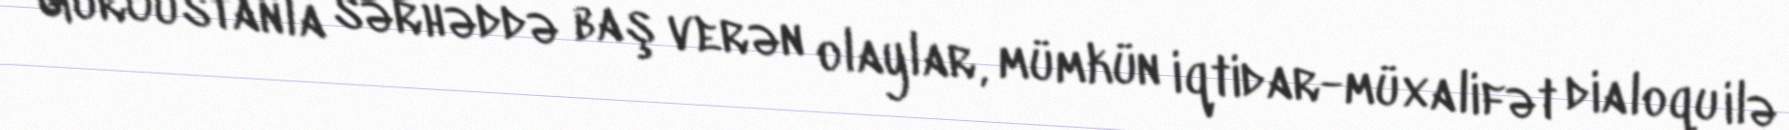
Gürcüstanla sərhəddə baş verən olaylar, mümkün iqtidar-müxalifət dialoqu ilə